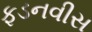
ફડનવીસ